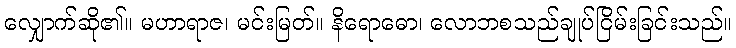
လျှောက်ဆို၏။ မဟာရာဇ၊ မင်းမြတ်။ နိရောဓော၊ လောဘစသည်ချုပ်ငြိမ်းခြင်းသည်။